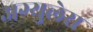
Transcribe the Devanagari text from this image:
अग्युलेरा